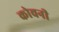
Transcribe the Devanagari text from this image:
कोचनी